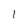
Character: 1